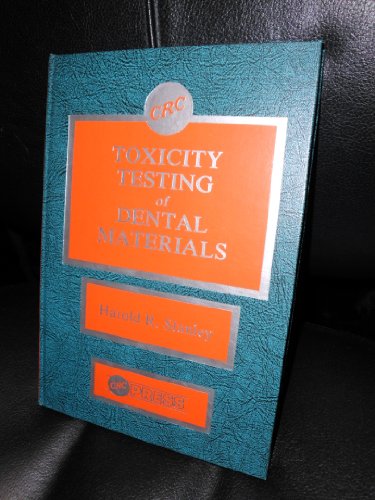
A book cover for Toxicity Testing of Dental Materials; Harold Stanley; Medical Books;